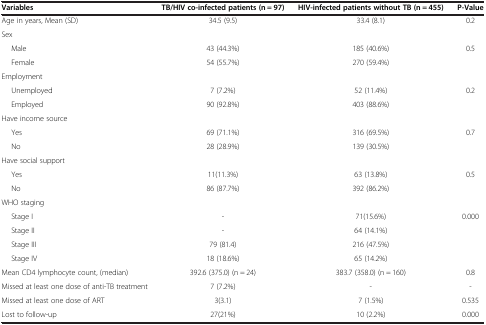
<table><thead><tr><td><b>Variables</b></td><td><b>TB/HIV co-infected patients (n = 97)</b></td><td><b>HIV-infected patients without TB (n = 455)</b></td><td><b>P-Value</b></td></tr></thead><tbody><tr><td>Age in years, Mean (SD)</td><td>34.5 (9.5)</td><td>33.4 (8.1)</td><td>0.2</td></tr><tr><td>Sex</td><td> </td><td> </td><td> </td></tr><tr><td>Male</td><td>43 (44.3%)</td><td>185 (40.6%)</td><td>0.5</td></tr><tr><td>Female</td><td>54 (55.7%)</td><td>270 (59.4%)</td><td> </td></tr><tr><td>Employment</td><td> </td><td> </td><td> </td></tr><tr><td>Unemployed</td><td>7 (7.2%)</td><td>52 (11.4%)</td><td>0.2</td></tr><tr><td>Employed</td><td>90 (92.8%)</td><td>403 (88.6%)</td><td> </td></tr><tr><td>Have income source</td><td> </td><td> </td><td> </td></tr><tr><td>Yes</td><td>69 (71.1%)</td><td>316 (69.5%)</td><td>0.7</td></tr><tr><td>No</td><td>28 (28.9%)</td><td>139 (30.5%)</td><td> </td></tr><tr><td>Have social support</td><td> </td><td> </td><td> </td></tr><tr><td>Yes</td><td>11(11.3%)</td><td>63 (13.8%)</td><td>0.5</td></tr><tr><td>No</td><td>86 (87.7%)</td><td>392 (86.2%)</td><td> </td></tr><tr><td>WHO staging</td><td> </td><td> </td><td> </td></tr><tr><td>Stage I</td><td>-</td><td>71(15.6%)</td><td>0.000</td></tr><tr><td>Stage II</td><td>-</td><td>64 (14.1%)</td><td> </td></tr><tr><td>Stage III</td><td>79 (81.4)</td><td>216 (47.5%)</td><td> </td></tr><tr><td>Stage IV</td><td>18 (18.6%)</td><td>65 (14.2%)</td><td> </td></tr><tr><td>Mean CD4 lymphocyte count, (median)</td><td>392.6 (375.0) (n = 24)</td><td>383.7 (358.0) (n = 160)</td><td>0.8</td></tr><tr><td>Missed at least one dose of anti-TB treatment</td><td>7 (7.2%)</td><td>-</td><td>-</td></tr><tr><td>Missed at least one dose of ART</td><td>3(3.1)</td><td>7 (1.5%)</td><td>0.535</td></tr><tr><td>Lost to follow-up</td><td>27(21%)</td><td>10 (2.2%)</td><td>0.000</td></tr></tbody></table>